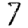
Digit: 7